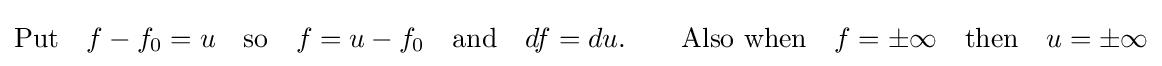
{{\text{Put}}\quad f-f_{0}=u\quad {\text{so}}\quad f=u-f_{0}\quad {\text{and}}\quad df=du.\qquad {\text{Also when}}\quad f=\pm \infty \quad {\text{then}}\quad u=\pm \infty }